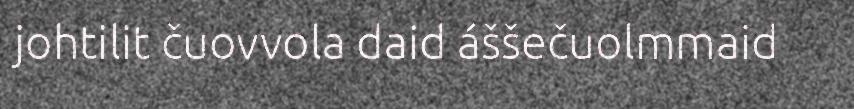
johtilit čuovvola daid áššečuolmmaid